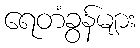
ရေတံခွန်များ